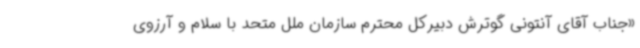
«جناب آقای آنتونی گوترش دبیرکل محترم سازمان ملل متحد با سلام و آرزوی